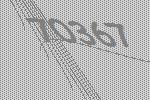
70367